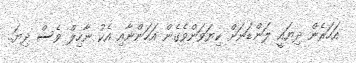
އަހަރެން ދިޔައީ ލަންޑަނަށް ކިޔަވަންވެގެން އަހަންނާއި އެކު ނާހިލް ވެސް ދިޔަ..